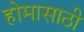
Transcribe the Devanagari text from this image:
होमासाठी